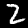
Digit: 2